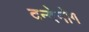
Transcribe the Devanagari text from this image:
दन्देनोग